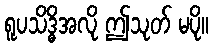
ရူပသိဒ္ဓိအလို ဤသုတ် မပို။